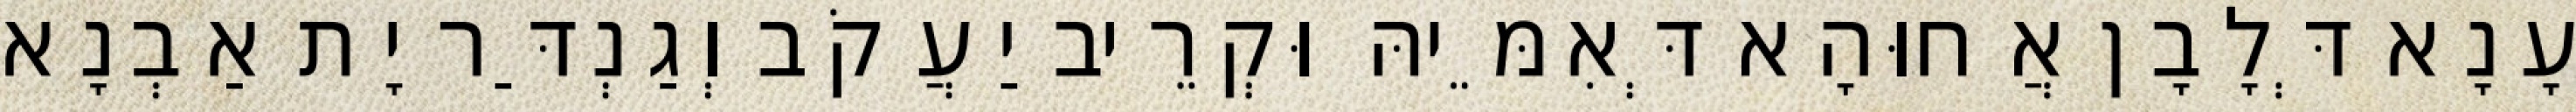
עָנָא דְּלָבָן אֲחוּהָא דְּאִמֵּיהּ וּקְרֵיב יַעֲקֹב וְגַנְדַּר יָת אַבְנָא